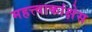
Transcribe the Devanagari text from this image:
महत्त्वाकांक्षेस